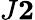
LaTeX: J\le 2